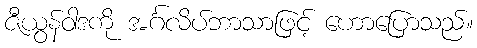
ဇီယွန်ဝါဒကို အင်္ဂလိပ်ဘာသာဖြင့် ဟောပြောသည်။